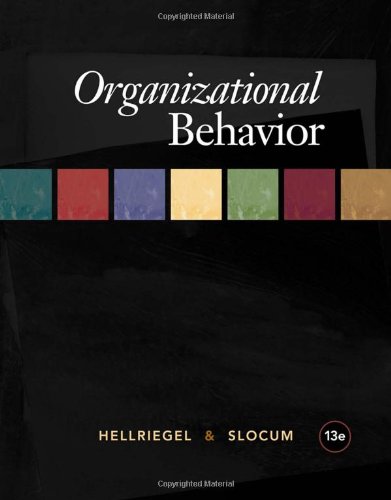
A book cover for Organizational Behavior (Available Titles CourseMate); Don Hellriegel; Business & Money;